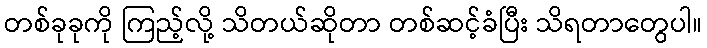
တစ်ခုခုကို ကြည့်လို့ သိတယ်ဆိုတာ တစ်ဆင့်ခံပြီး သိရတာတွေပါ။